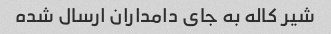
شیر کاله به جای دامداران ارسال شده